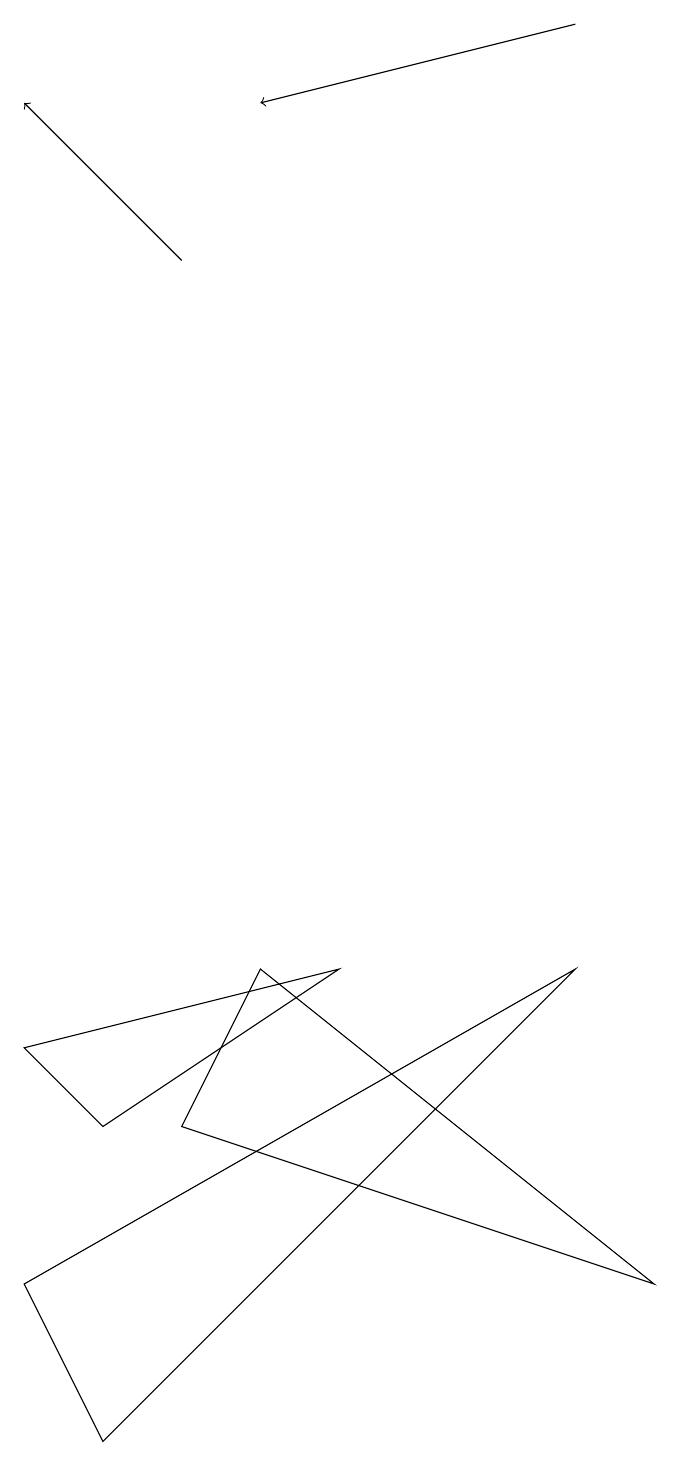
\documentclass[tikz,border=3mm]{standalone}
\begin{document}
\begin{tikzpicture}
\draw[->] (2,16) -- (0,18);
\draw[->] (7,19) -- (3,18);
\draw (0,3) -- (7,7) -- (1,1) -- cycle;
\draw (2,5) -- (3,7) -- (8,3) -- cycle;
\draw (0,6) -- (1,5) -- (4,7) -- cycle;
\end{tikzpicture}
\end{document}